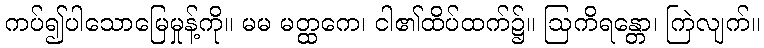
ကပ်၍ပါသောမြေမှုန့်ကို။ မမ မတ္ထကေ၊ ငါ၏ထိပ်ထက်၌။ ဩကိရန္တော၊ ကြဲလျက်။